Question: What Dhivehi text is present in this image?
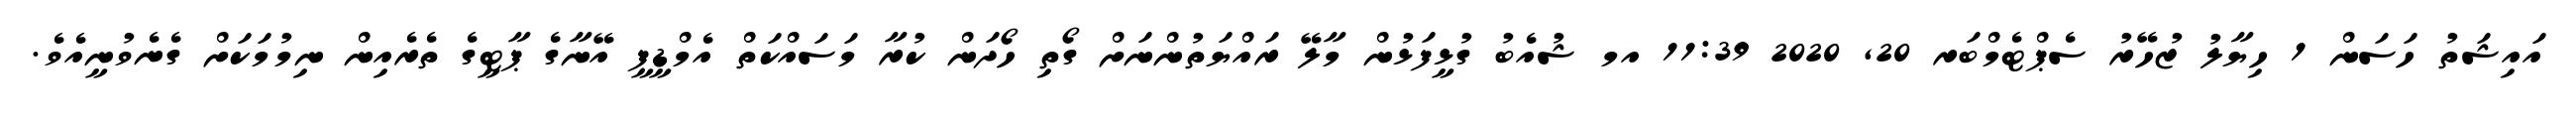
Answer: އައިޝަތު ހަސަން 1 ހިޔާލު ޒުހޭރު ސެޕްޓެމްބަރ 20, 2020 11:39 އމ ޝުއެބު ގުޅީފަޅުން މާލޭ ރައްޔަތުންނަށް ގޯތި ހޯދަން ކުރާ މަސައްކަތް އެމްޑީޕީ އޭނާގެ ޕާޓީގެ ތެރެއިން ނިމުމަކަށް ގެނެވުނީއެވެ.